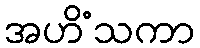
အဟိံသကာ